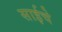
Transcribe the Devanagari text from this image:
साईचे